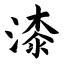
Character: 漆